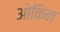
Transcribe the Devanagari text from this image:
ओकिन